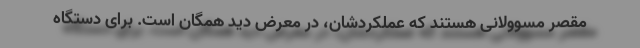
مقصر مسوولانی هستند که عملکردشان، در معرض دید همگان است. برای دستگاه